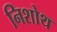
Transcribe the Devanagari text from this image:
निशोथ